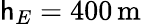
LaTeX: \mathsf{h}_{E}=400\, \mathrm{{m}}